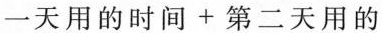
一天用的时间+第二天用的